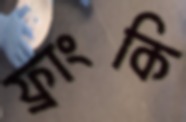
ফ্রাংকি